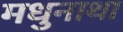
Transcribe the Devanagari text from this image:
मधुनाथा